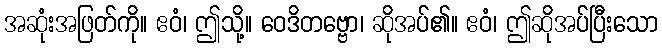
အဆုံးအဖြတ်ကို။ ဧဝံ၊ ဤသို့။ ဝေဒိတဗ္ဗော၊ ဆိုအပ်၏။ ဧဝံ၊ ဤဆိုအပ်ပြီးသော